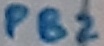
Text: PB2